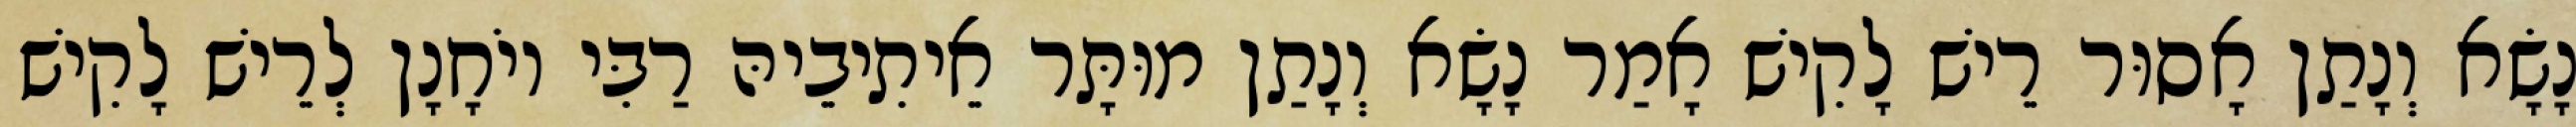
נָשָׂא וְנָתַן אָסוּר רֵישׁ לָקִישׁ אָמַר נָשָׂא וְנָתַן מוּתָּר אֵיתִיבֵיהּ רַבִּי יוֹחָנָן לְרֵישׁ לָקִישׁ